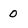
Character: O